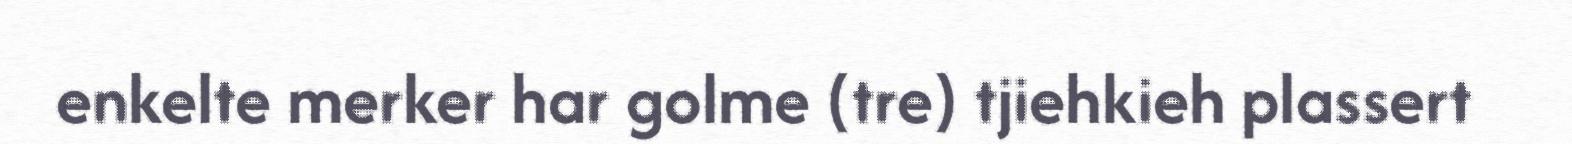
enkelte merker har golme (tre) tjiehkieh plassert